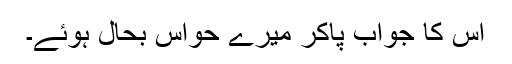
اس کا جواب پاکر میرے حواس بحال ہوئے۔